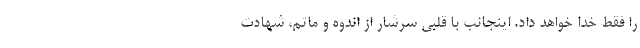
را فقط خدا خواهد داد. اینجانب با قلبی سرشار از اندوه و ماتم، شهادت